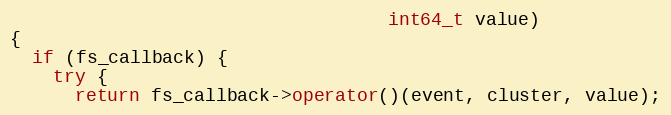
Language: C++
                                   int64_t value)
{
  if (fs_callback) {
    try {
      return fs_callback->operator()(event, cluster, value);